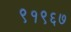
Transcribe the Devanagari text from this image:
९१९६७